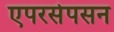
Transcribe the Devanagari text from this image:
एपरसेपसन